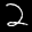
Label: 2